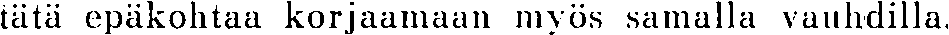
tätä epäkohtaa korjaamaan myös samalla vauhdilla.